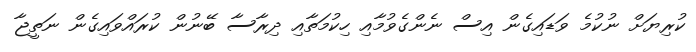
ކުރިޔަށް ނުކުމެ ވަޑައިގެން އިސް ނެންގެވުމާއި ހިކުމަތާއި ދިރާސާ ބޭނުން ކުރައްވައިގެން ނަތީޖާ